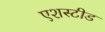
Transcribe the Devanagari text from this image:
एशस्टीड